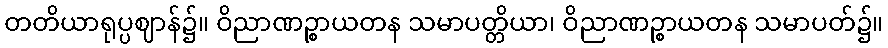
တတိယာရုပ္ပဈာန်၌။ ဝိညာဏဉ္စာယတန သမာပတ္တိယာ၊ ဝိညာဏဉ္စာယတန သမာပတ်၌။